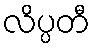
လိပ္ပတီ